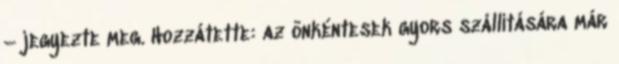
– jegyezte meg. Hozzátette: az önkéntesek gyors szállítására már